Scientific memoirs by medical officers of the Army of India - Part V,
Year: 1890
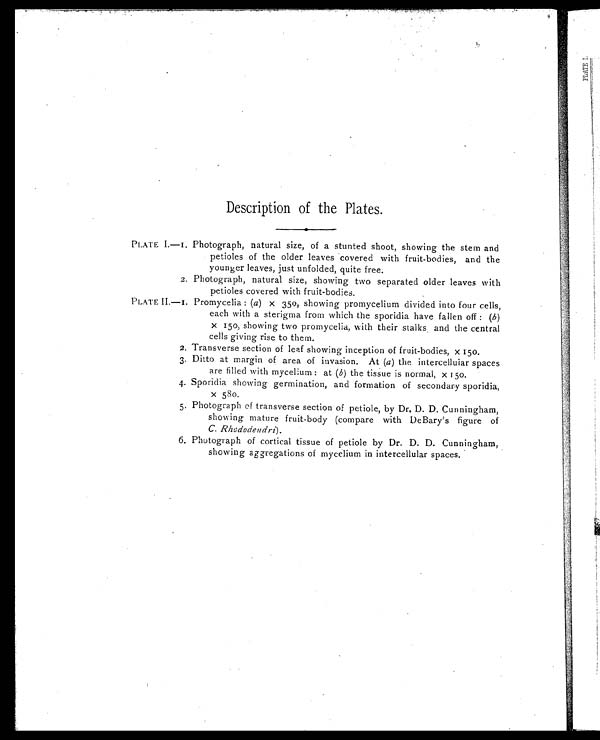
Description of the Plates.
PLATE I.—1. Photograph, natural size, of a stunted shoot, showing the stem and
petioles of the older leaves covered with fruit-bodies, and the
younger leaves, just unfolded, quite free.
2. Photograph, natural size, showing two separated older leaves with
petioles covered with fruit-bodies.
PLATE II—1. Promycelia: ( a) x 350, showing promycelium divided into four cells,
each with a sterigma from which the sporidia have fallen off: ( b)
x 150, showing two promycelia, with their stalks and the central
cells giving rise to them.
2.Transverse section of leaf showing inception of fruit-bodies, x 150.
3.Ditto at margin of area of invasion. At ( a) the intercelluiar spaces
are filled with mycelium: at (b) the tissue is normal, x 150.
4.Sporidia showing germination, and formation of secondary sporidia,
x 580.
5.Photograph of transverse section of petiole, by Dr. D. D. Cunningham,
showing mature fruit-body (compare with DeBary's figure of
C. Rhododendri).
6. Photograph of cortical tissue of petiole by Dr. D. D. Cunningham,
showing aggregations of mycelium in intercellular spaces.